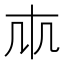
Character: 𠦐